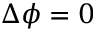
\Delta \phi = 0